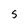
Character: 5